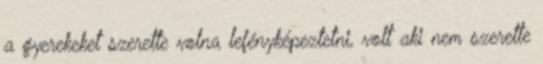
a gyerekeket szerette volna lefényképeztetni, volt aki nem szerette